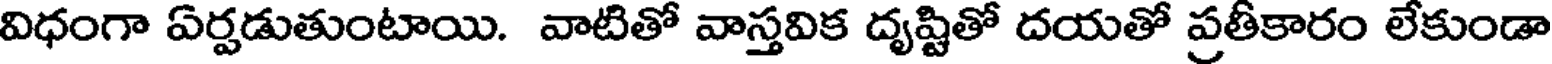
విధంగా ఏర్పడుతుంటాయి. వాటితో వాస్తవిక దృష్టితో దయతో ప్రతీకారం లేకుండా